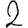
Digit: 2